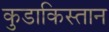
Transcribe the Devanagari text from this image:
कुडाकिस्तान